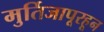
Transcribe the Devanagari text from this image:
मुर्तिजापूरहून